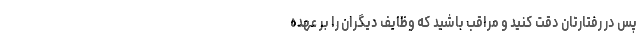
پس در رفتارتان دقت کنید و مراقب باشید که وظایف دیگران را بر عهده